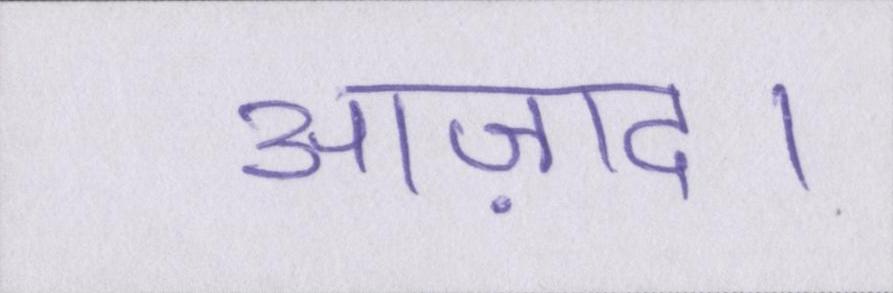
आज़ाद।